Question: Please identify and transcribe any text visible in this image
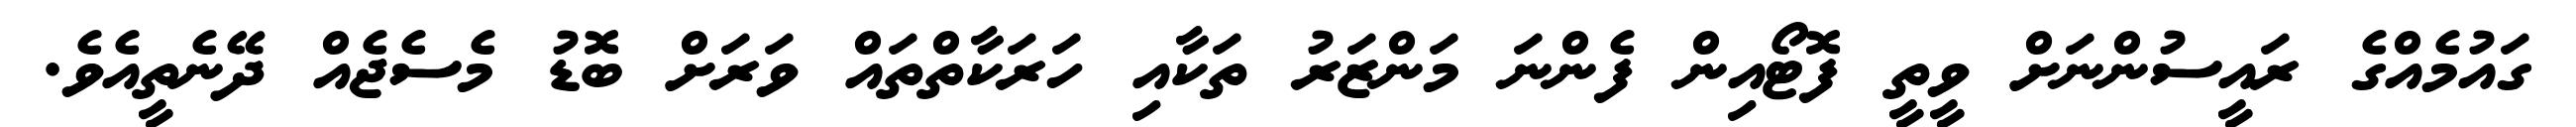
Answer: ގައުމެއްގެ ރައީސުންނަށް ވީތީ ފޮޓޯއިން ފެންނަ މަންޒަރު ތަކާއި ހަރަކާތްތައް ވަރަށް ބޮޑު މެސެޖެއް ދޭނެތީއެވެ.